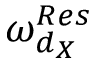
\omega _ { d _ { X } } ^ { R e s }